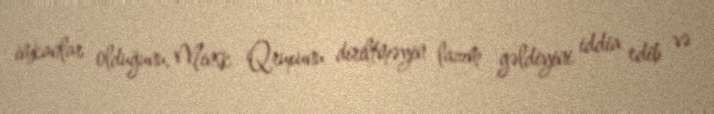
imkanlar olduğunu, Minsk Qrupunu diriltməyin lazım gəldiyini iddia edib və